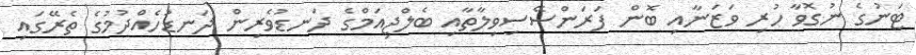
ޓަނުގެ ނުގޮވާ ހުރި ވަޒަނާއި ބޮން ފަރަންސޭސިވިލާތާއި ބެލްޖިއަމްގެ ދަނޑުވެރިން ދަނޑުހެއްދުމުގެ ތެރޭގައި